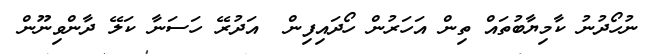
ނުހޯދުނު ކާމިޔާބުތައް ތިން އަހަރުން ހޯދައިފިން  އަދުރޭ ހަސަނާ ކަލޭ ދާންވިނޫން